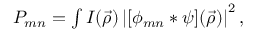
\begin{array} { r } { P _ { m n } = \int I ( \vec { \rho } ) \left| [ \phi _ { m n } * \psi ] ( \vec { \rho } ) \right| ^ { 2 } , } \end{array}